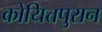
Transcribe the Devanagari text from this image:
कोयित्तपुरान